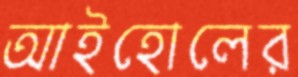
আইহোলের